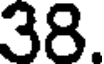
38.